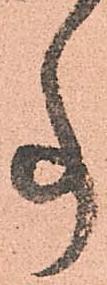
事